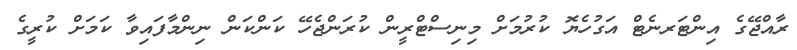
ރާއްޖޭގެ އިންޓަރނެޓް އަގުހެޔޮ ކުރުމަށް މިނިސްޓްރީން ކުރަންޖެހޭ ކަންކަން ނިންމާފައިވާ ކަމަށް ކުރީގެ